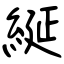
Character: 綖